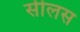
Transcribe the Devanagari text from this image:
सीलस